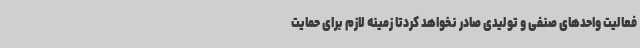
فعالیت واحدهای صنفی و تولیدی صادر نخواهد کردتا زمینه لازم برای حمایت